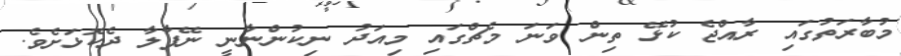
މުބާރަތުގައި ރާއްޖެ ކުޅޭ ތިން ވަނަ މެޗްގައި މިއަދު ނިކުންނާނީ ނޭޕާލާ ދެކޮޅަށެވެ.